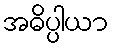
အဓိပ္ပါယာ